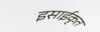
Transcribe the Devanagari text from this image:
इसाईकृत